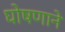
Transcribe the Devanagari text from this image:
घोषणाने